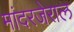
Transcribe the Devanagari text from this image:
मांदरजेराल